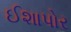
ઈશાપોર